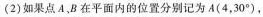
(2)如果点A，B在平面内的位置分别记为A(4，30°)，